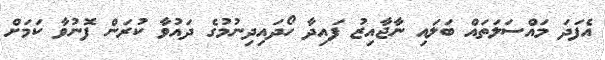
އެފަދަ މައްސަލަތައް ބަލައި ނާޖާއިޒު ފައިދާ ހޯދައިދިނުމުގެ ދައުވާ ކުރަން ފޮނުވާ ކަމަށް